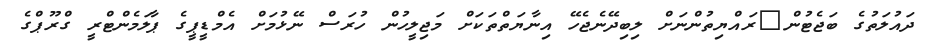
ދައުލަތުގެ ބަޖެޓުން	ރައްޔިތުންނަށް ލިބިދޭނެޖެހޭ އިނާޔަތްތަކަށް މަޖިލީހުން ހުރަސް ނޭޅުމަށް އެމްޑީޕީގެ ޕާލަމެންޓްރީ ގްރޫޕްގެ